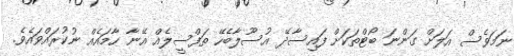
ނަމަވެސް އަލަށް ގަންނަ ބޯޓްތަކަށް ފައިސާދޭ އުސޫލާބެހޭ ތަފްސީލެއް އޭނާ ހާމައެއް ނުކުރައްވައެވެ.